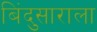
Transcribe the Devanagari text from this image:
बिंदुसाराला